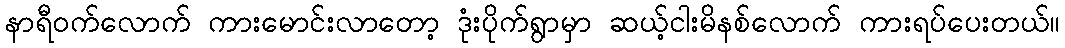
နာရီဝက်လောက် ကားမောင်းလာတော့ ဒုံးပိုက်ရွာမှာ ဆယ့်ငါးမိနစ်လောက် ကားရပ်ပေးတယ်။